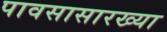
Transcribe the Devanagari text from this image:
पावसासारख्या